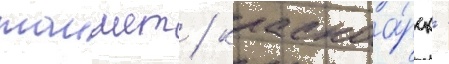
таишет / красноа́рск -